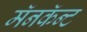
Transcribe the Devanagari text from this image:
मॅनकॅन्ट